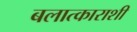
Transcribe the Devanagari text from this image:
बलात्काराशी